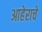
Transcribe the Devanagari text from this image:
आहेराचे